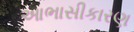
આભાસીકારણ